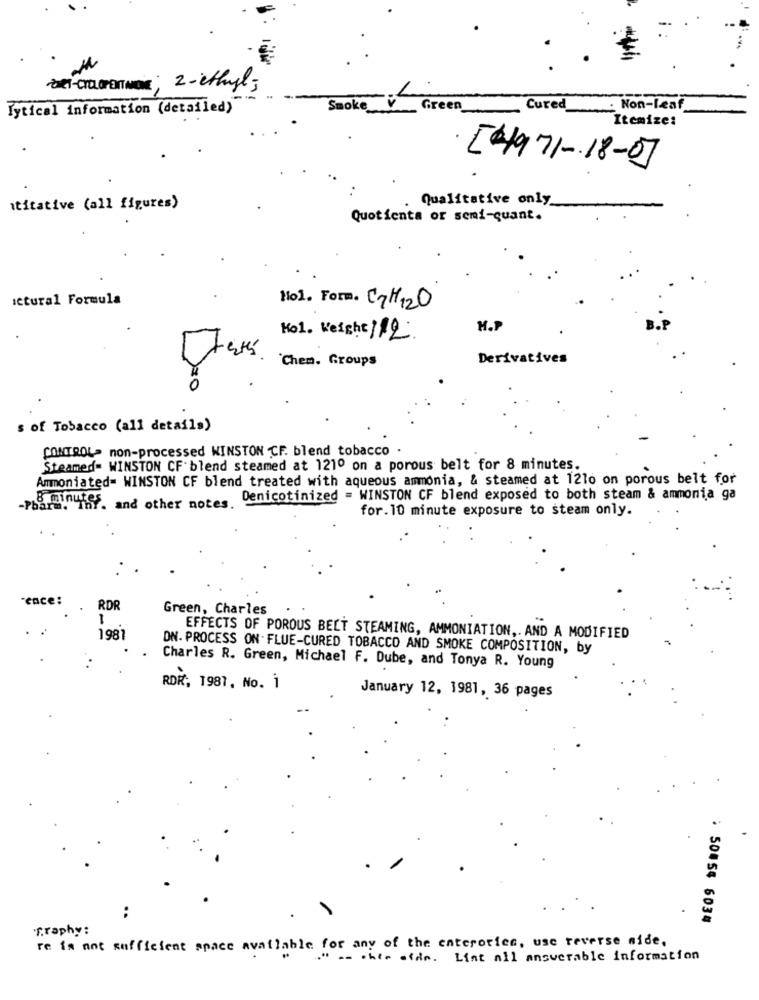
be-croLOPENDE; 2-ethyl;
Tytical information (detailed)
Smoke Green
-
Cured
Non-Leaf
Itemize:
[4971-18-07
Qualitative only
titative (all figures)
Quotienta or semi-quant.
ictural Formula
No1. Form. CH120
Kol. Weight/12
H.P
Chem. Groups
Derivatives
s of Tobacco (all details)
CONTROL- non-processed WINSTON CF. blend tobacco .
Steamed= WINSTON CF blend steamed at 1210 on a porous belt for 8 minutes.
Ammoniated= WINSTON CF blend treated with aqueous ammonia, & steamed at 1210 on porous belt for
bara."Tnf. and other notes, Denicotinized = WINSTON CF blend exposed to both steam & ammonia ga
for. 10 minute exposure to steam only.
-ence:
RDR
1
Green, Charles
1981
EFFECTS OF POROUS BELT STEAMING, AMMONIATION ,. AND A MODIFIED
DN. PROCESS ON . FLUE-CURED TOBACCO AND SMOKE COMPOSITION, by
Charles R. Green, Michael F. Dube, and Tonya R. Young
RDR, 1987, No. i
January 12, 1981, 36 pages
..
: 50054 6034
Graphy:
re is not sufficient space available for any of the enterorica, use reverse mide,
." -- then oldin .
List all answerable information